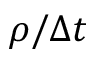
\rho / \Delta t